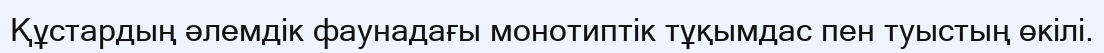
Құстардың әлемдік фаунадағы монотиптік тұқымдас пен туыстың өкілі.